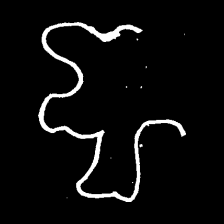
Pyu character \u2014 Myanmar letter: ဈ (romanized: jha)